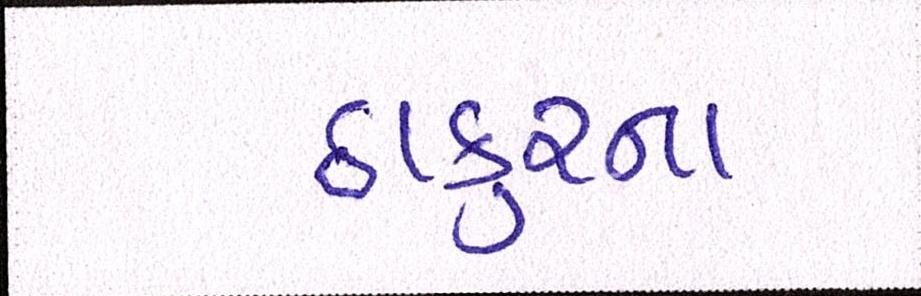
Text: ઠાકુરના